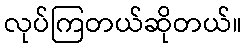
လုပ်ကြတယ်ဆိုတယ်။